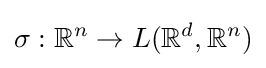
\sigma :\mathbb {R} ^{n}\rightarrow L(\mathbb {R} ^{d},\mathbb {R} ^{n})